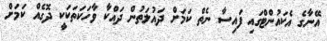
އޭނާގެ އެކައުންޓްގައި ފައިސާ ނެތް ކަމަށް ދައުލަތުން ދައްކާ ވާހަކަތަކަކީ ދޮގެއް ކަމަށް